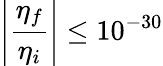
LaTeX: \left|\frac{\eta_{f}}{\eta_{i}}\right|\le 10^{-30}